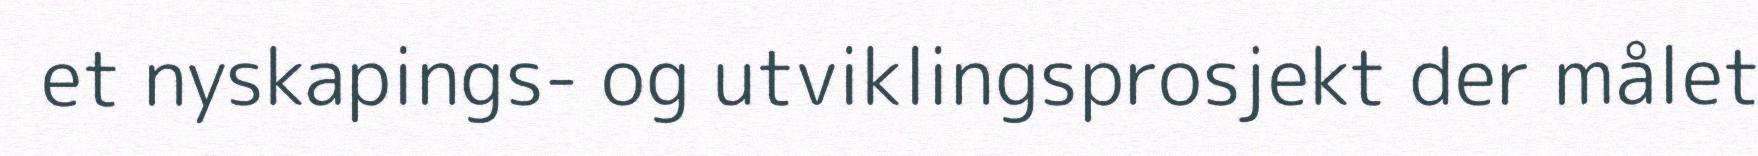
et nyskapings- og utviklingsprosjekt der målet